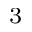
^ 3